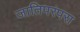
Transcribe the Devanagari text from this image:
जातिपरंपरा